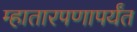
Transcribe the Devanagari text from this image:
म्हातारपणापर्यंत